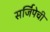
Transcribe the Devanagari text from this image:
सर्जिपेची